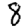
Digit: 8